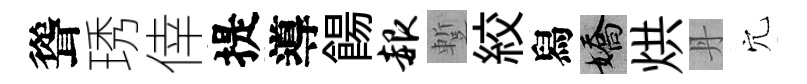
聳琇倖提導餳赧蹔絞舄嬌烘丹穴